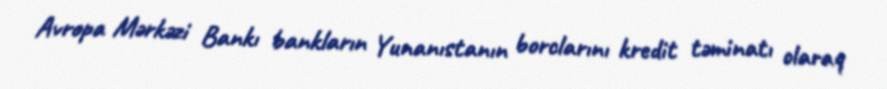
Avropa Mərkəzi Bankı bankların Yunanıstanın borclarını kredit təminatı olaraq